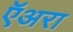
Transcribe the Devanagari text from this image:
ऍअरा